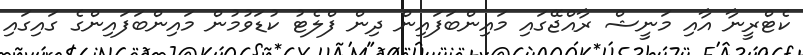
ކެޓްރީނާ އާއި މަނީޝް ރާއްޖޭގައި މައިންބަފައިން ދިން ފްލެޓު ކުޑަވުމުން މައިންބަފައިންގެ ގައިގައި